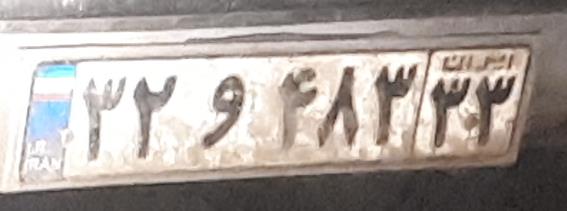
۳۲و۴۸۳۳۳